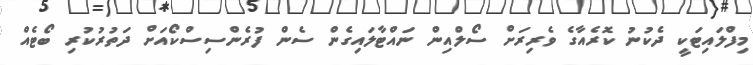
މިފްލައިޓަކީ ދެކުނު ކޮރެއާގެ ވެރިރަށް ސޯލްއިން ނައްޓާލައިގެން ސެން ފުރެންސިސްކޯއަށް ދަތުރުކުރި ބޯޓެއް